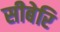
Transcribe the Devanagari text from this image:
सीबेरि